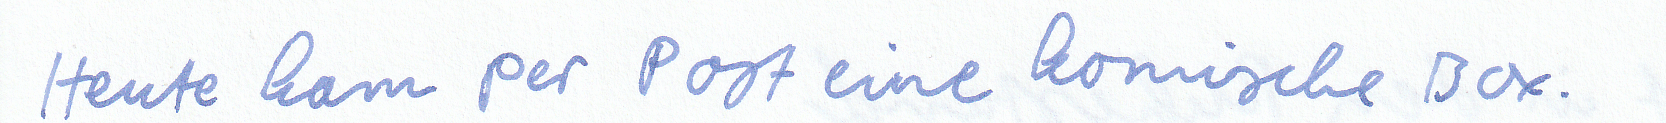
Heute kam per Post eine komische Box.